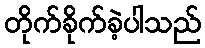
တိုက်ခိုက်ခဲ့ပါသည်